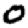
Digit: 0